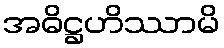
အဓိဋ္ဌဟိဿာမိ